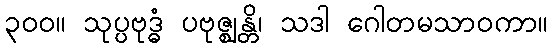
၃၀၀။ သုပ္ပဗုဒ္ဓံ ပဗုဇ္ဈန္တိ၊ သဒါ ဂေါတမသာဝကာ။